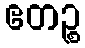
ဧတဉ္စ